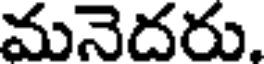
మనెదరు.